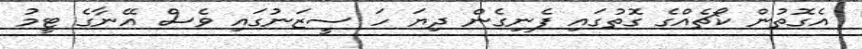
އެގޮތުން ކޯޗެއްގެ ގޮތުގައި ފެނިގެން ދިޔަ ހަ ސީޒަނުގައި ވެސް އޭނާގެ ޓީމު